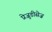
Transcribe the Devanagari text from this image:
प्रेजुडीसेज़